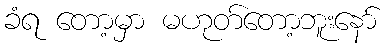
ခံရ တော့မှာ မဟုတ်တော့ဘူးနော်